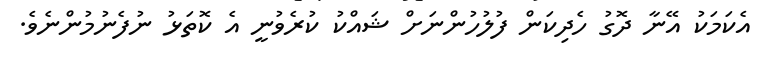
އެކަމަކު އޭނާ ދޮގު ހެދިކަން ފުލުހުންނަށް ޝައްކު ކުރެވުނީ އެ ކޮތަޅު ނުފެނުމުންނެވެ.